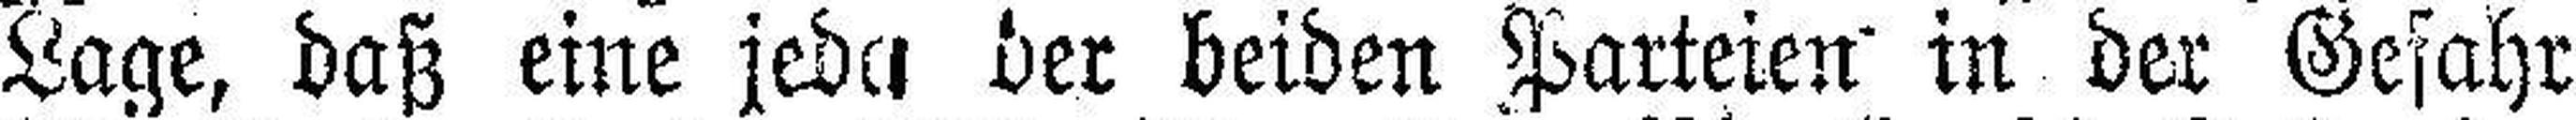
Lage, daß eine jede der beiden Parteien in der Gefahr